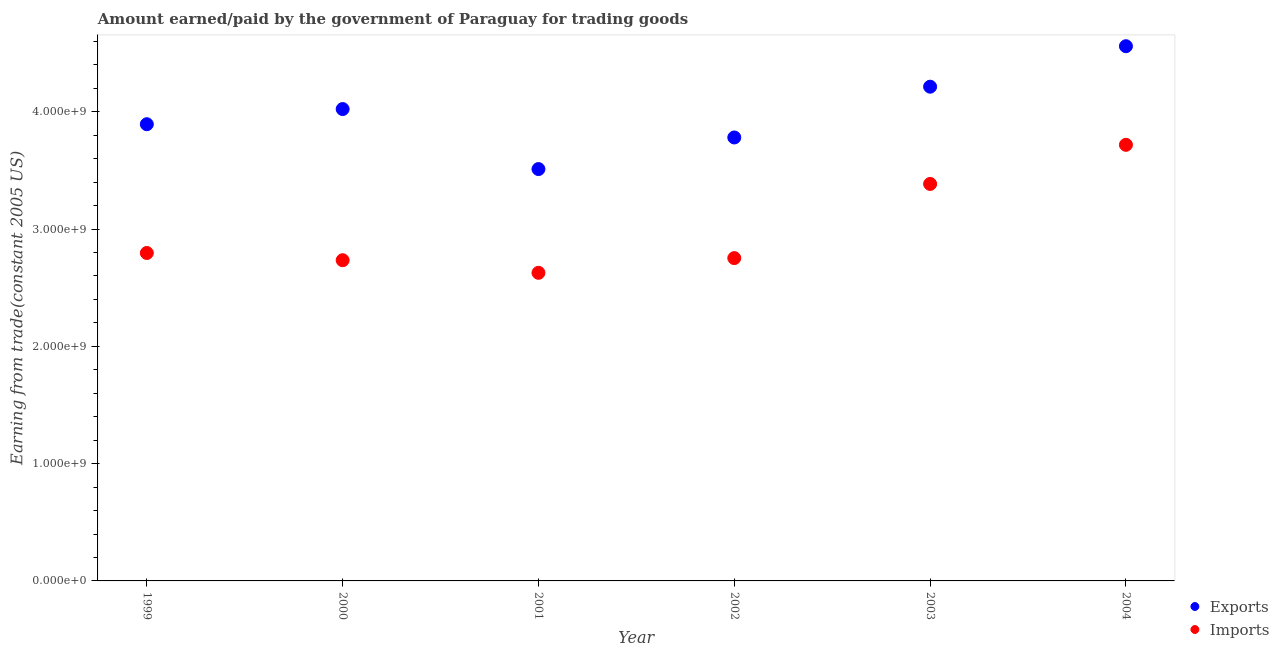
| Year | Exports | Imports |
 | --- | --- | --- |
 | 1999 | 3.89e+09 | 2.8e+09 |
 | 2000 | 4.02e+09 | 2.73e+09 |
 | 2001 | 3.51e+09 | 2.63e+09 |
 | 2002 | 3.78e+09 | 2.75e+09 |
 | 2003 | 4.21e+09 | 3.38e+09 |
 | 2004 | 4.56e+09 | 3.72e+09 |